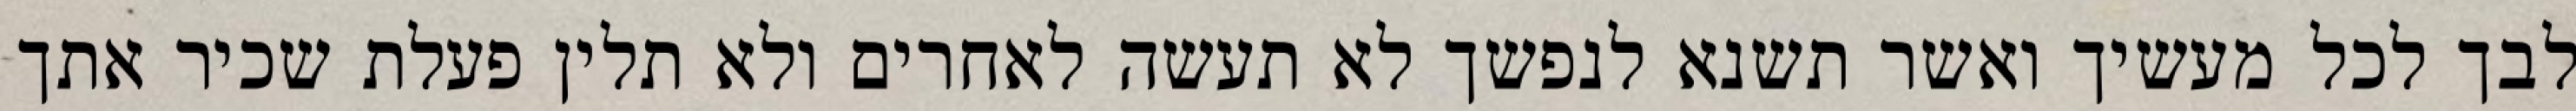
לבך לכל מעשיך ואשר תשנא לנפשך לא תעשה לאחרים ולא תלין פעלת שכיר אתך